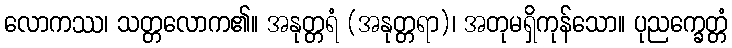
လောကဿ၊ သတ္တလောက၏။ အနုတ္တရံ (အနုတ္တရာ)၊ အတုမရှိကုန်သော။ ပုညက္ခေတ္တံ